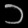
Digit: ၁